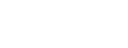
ပေးအပ်ချီးမြှင့်